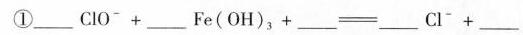
① $$___ C l O ^ { - } + ___ F e ( O H ) _ { 3 } + ___ = ___ C l ^ { - } + ___